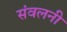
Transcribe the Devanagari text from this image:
संवलनी